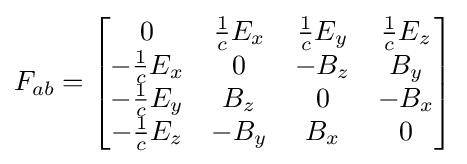
F_{ab}={\begin{bmatrix}0&{\frac {1}{c}}E_{x}&{\frac {1}{c}}E_{y}&{\frac {1}{c}}E_{z}\\-{\frac {1}{c}}E_{x}&0&-B_{z}&B_{y}\\-{\frac {1}{c}}E_{y}&B_{z}&0&-B_{x}\\-{\frac {1}{c}}E_{z}&-B_{y}&B_{x}&0\end{bmatrix}}